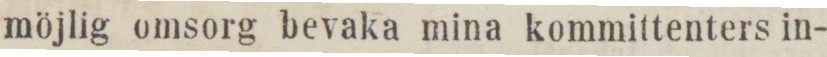
möjlig omsorg bevaka mina kommittenters in-